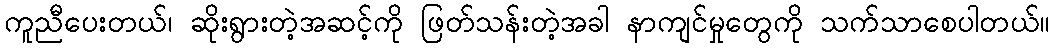
ကူညီပေးတယ်၊ ဆိုးရွားတဲ့အဆင့်ကို ဖြတ်သန်းတဲ့အခါ နာကျင်မှုတွေကို သက်သာစေပါတယ်။